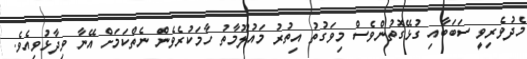
މެދުވެރިވީ ސަބަބާއި ގުޅޭގޮތުންވެސް މިވަގުތު އިތުރު މައުލޫމާތު ހާމަކުރެވެން ނެތްކަމަށް އޭނާ ވިދާޅުވިއެވެ.